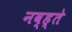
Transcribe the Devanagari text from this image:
नव्ह्ते